Investigations on Bengal jail dietaries - Number 37
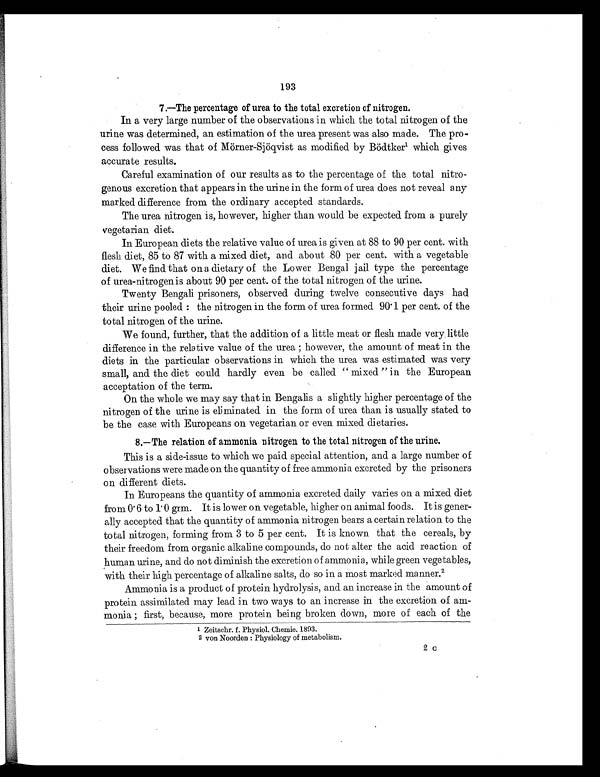
193
7.—The percentage of urea to the total excretion of nitrogen.
In a very large number of the observations in which the total nitrogen of the
urine was determined, an estimation of the urea present was also made. The pro-
cess followed was that of Mörner-Sjöqvist as modified by Bödtker1 which gives
accurate results.
Careful examination of our results as to the percentage of the total nitro-
genous excretion that appears in the urine in the form of urea does not reveal any
marked difference from the ordinary accepted standards.
The urea nitrogen is, however, higher than would be expected from a purely
vegetarian diet.
In European diets the relative value of urea is given at 88 to 90 per cent with
flesh diet, 85 to 87 with a mixed diet, and about 80 per cent. with a vegetable
diet. We find that on a dietary of the Lower Bengal jail type the percentage
of urea-nitrogen is about 90 per cent. of the total nitrogen of the urine.
Twenty Bengali prisoners, observed during twelve consecutive days had
their urine pooled : the nitrogen in the form of urea formed 90.1 per cent. of the
total nitrogen of the urine.
We found, further, that the addition of a little meat or flesh made very little
difference in the relative value of the urea; however, the amount of meat in the
diets in the particular observations in which the urea was estimated was very
small, and the diet could hardly even be called "mixed" in the European
acceptation of the term.
On the whole we may say that in Bengalis a slightly higher percentage of the
nitrogen of the urine is eliminated in the form of urea than is usually stated to
be the case with Europeans on vegetarian or even mixed dietaries.
8.—The relation of ammonia nitrogen to the total nitrogen of the urine.
This is a side-issue to which we paid special attention, and a large number of
observations were made on the quantity of free ammonia excreted by the prisoners
on different diets.
In Europeans the quantity of ammonia excreted daily varies on a mixed diet
from 0.6 to 1.0 grm. It is lower on vegetable, higher on animal foods. It is gener-
ally accepted that the quantity of ammonia nitrogen bears a certain relation to the
total nitrogen, forming from 3 to 5 per cent. It is known that the cereals, by
their freedom from organic alkaline compounds, do not alter the acid reaction of
human urine, and do not diminish the excretion of ammonia, while green vegetables,
with their high percentage of alkaline salts, do so in a most marked manner.2
Ammonia is a product of protein hydrolysis, and an increase in the amount of
protein assimilated may lead in two ways to an increase in the excretion of am-
monia first, because, more protein being broken down, more of each of the
1 Zeitschr. f. Physiol. Chemie. 1893.
2 von Noorden : Physiology of metabolism.
2 C